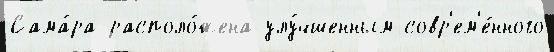
Сама́ра располо́жена улу́чшенным совр'ем'е́нного